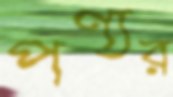
পণ্যর